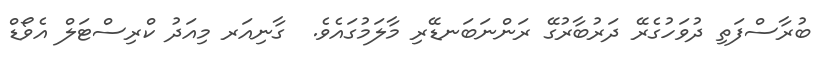
ބުރާސްފަތި ދުވަހުގެރޭ ދަރުބާރުގޭ ރަންނަބަނޑޭރި މާލަމުގައެވެ.  ގާނިއަރ މިއަދު ކްރިސްޓަލް އެވޯޑް